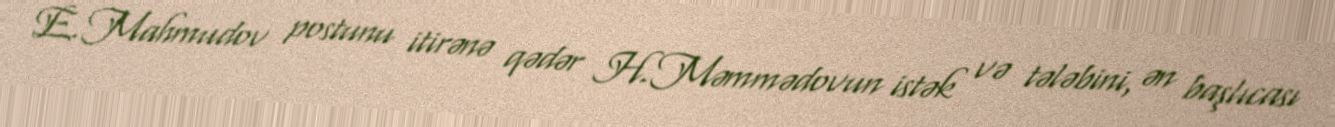
E.Mahmudov postunu itirənə qədər H.Məmmədovun istək və tələbini, ən başlıcası